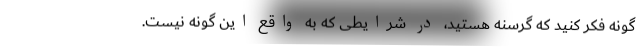
گونه فکر کنید که گرسنه هستید، در شرایطی که به واقع این گونه نیست.